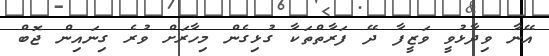
އޭނާ ވިދާޅުވީ ވަޒީފާ ދޭ ފަރާތްތަކާ ގުޅިގެން މިހާރަށް ވުރެ ގިނައިން ޖޮބް